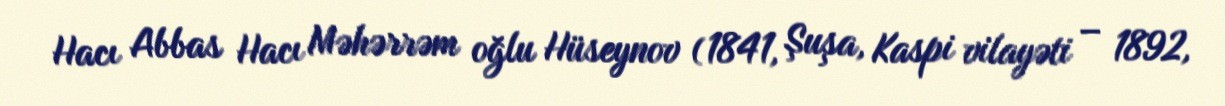
Hacı Abbas Hacı Məhərrəm oğlu Hüseynov (1841, Şuşa, Kaspi vilayəti – 1892,